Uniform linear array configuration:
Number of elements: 12
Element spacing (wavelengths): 0.75
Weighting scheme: binomial
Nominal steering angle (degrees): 0
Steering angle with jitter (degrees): -0.4549
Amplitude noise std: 0.05
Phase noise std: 0.05

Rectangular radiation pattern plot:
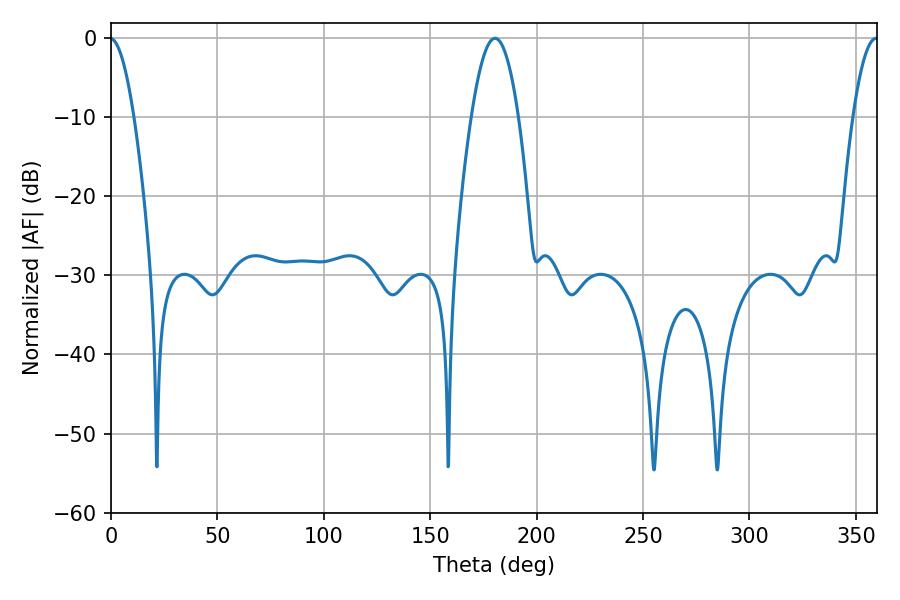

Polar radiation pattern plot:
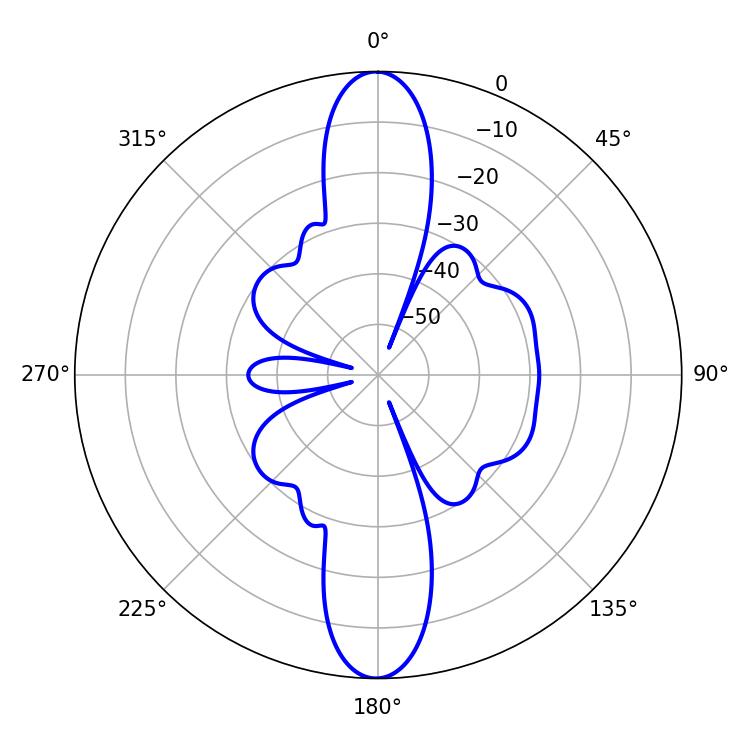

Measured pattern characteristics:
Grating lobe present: TRUE
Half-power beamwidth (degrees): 12.06
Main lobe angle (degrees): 180.36